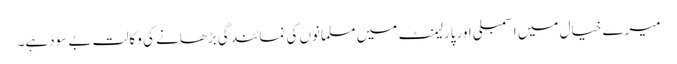
میرے خیال میں اسمبلی اورپارلیمنٹ میں مسلمانوں کی نمائندگی بڑھانے کی وکالت بے سودہے۔